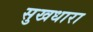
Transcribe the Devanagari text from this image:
सुखधारा